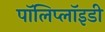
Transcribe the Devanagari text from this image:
पॉलिप्लॉइडी